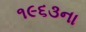
૧૯૬૩ના